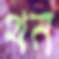
থন